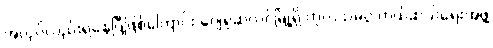
အလုပ်လည်းရနေပြီဖြစ်ကြောင်း ဂျေရုဆလင်မြို့ရှိ ကုလသမဂ္ဂ ကယ်ဆယ်ရေးအဖွဲ့